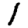
Digit: 1